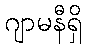
ဂျာမနီရှိ